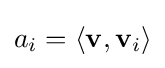
a_{i}=\langle \mathbf {v} ,\mathbf {v} _{i}\rangle